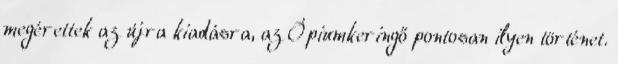
megérettek az újra kiadásra, az Ópiumkeringő pontosan ilyen történet.